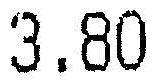
3.80